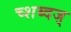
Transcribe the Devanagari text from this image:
च्शब्दज्